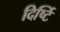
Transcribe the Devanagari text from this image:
दिर्ष्टि